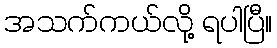
အသက်ကယ်လို့ ရပါပြီ။